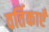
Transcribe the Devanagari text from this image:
वर्तिकाएँ